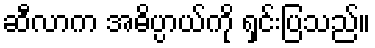
ဆီလာက အဓိပ္ပာယ်ကို ရှင်းပြသည်။